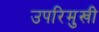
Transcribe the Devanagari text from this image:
उपरिमुखी